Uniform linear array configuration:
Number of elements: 8
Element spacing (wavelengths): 0.75
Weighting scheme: hann
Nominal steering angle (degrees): -60
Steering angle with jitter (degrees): -60.729
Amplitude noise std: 0.05
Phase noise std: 0.05

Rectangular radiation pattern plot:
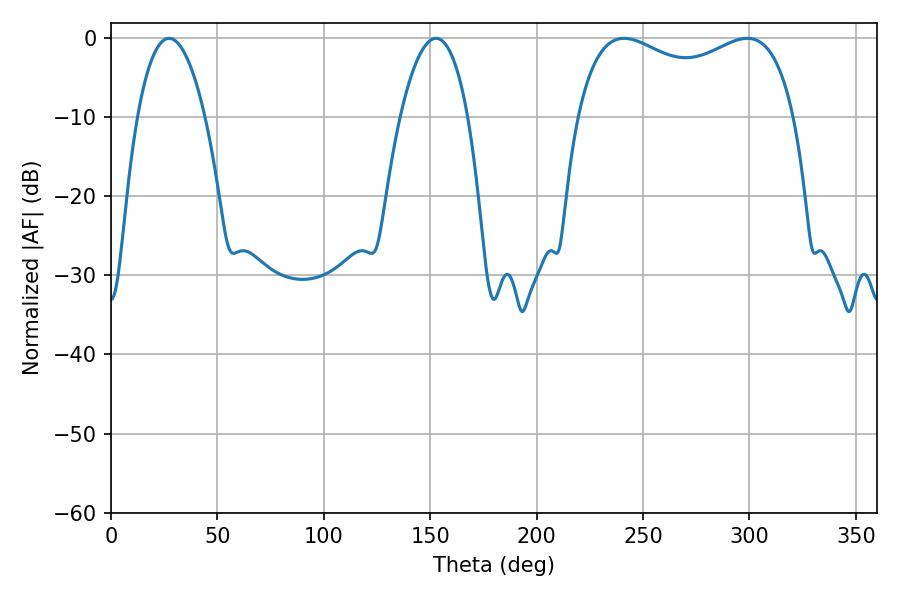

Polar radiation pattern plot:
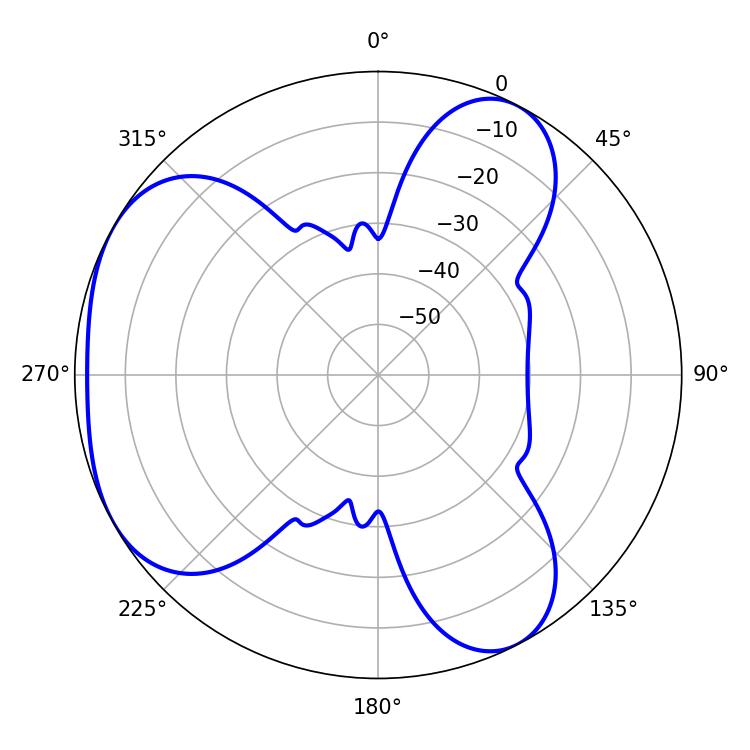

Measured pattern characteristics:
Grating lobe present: TRUE
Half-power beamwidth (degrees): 84.6
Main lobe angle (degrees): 241.02